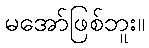
မအော်ဖြစ်ဘူး။